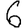
Digit: 6